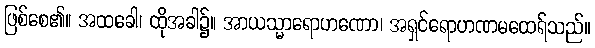
ဖြစ်စေ၏။ အထခေါ၊ ထိုအခါ၌။ အာယသ္မာရောဟဏော၊ အရှင်ရောဟဏမထေရ်သည်။